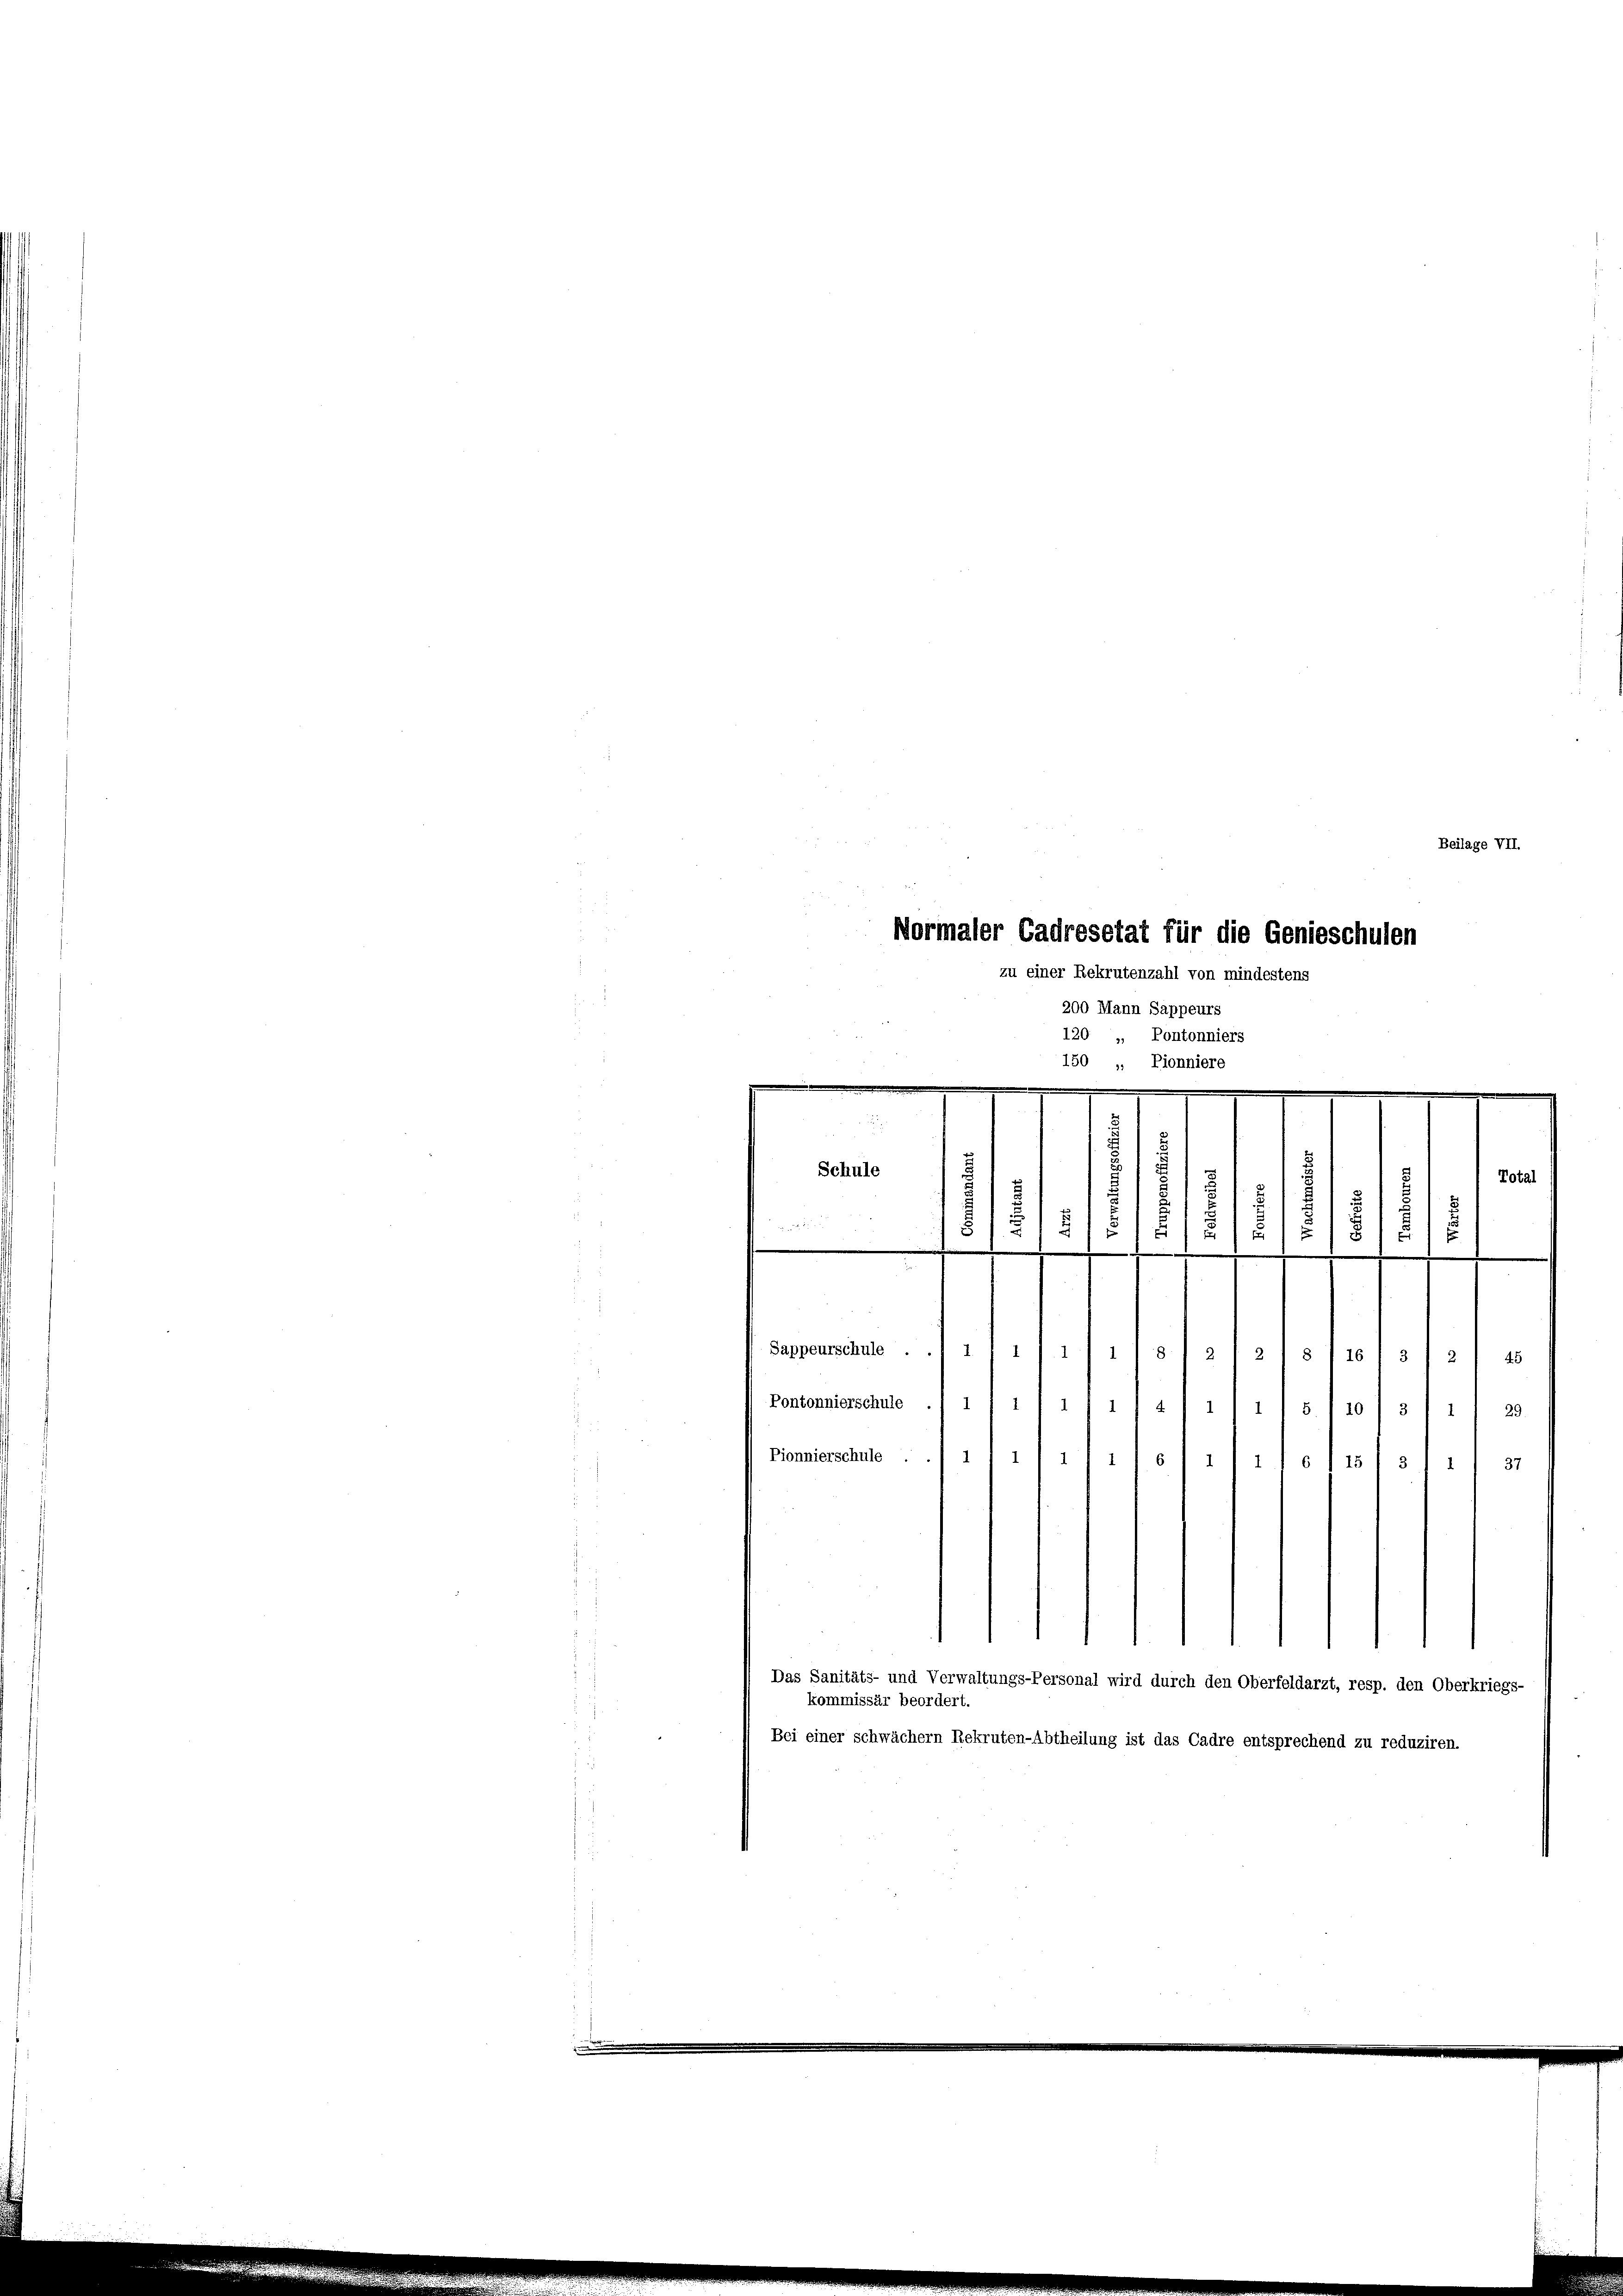
Beilage VII.
Normaler Cadresetat für die Genieschulen
zu einer Rekrutenzahl von mindestens
200 Mann Sappeurs
120 „ Pontonniers
150 „ Pionniere

e
Schule
1
 9 15
1
/5/5/5/5 2/
u
18181
.
1
2
d
.

f
2
Total

Sappeurschule ... 111 111 11 § 12 f 2/s / 16/ 3 / 2 / 45
Pontonnierschule ./ 1 f 1 / i / 1/4 / i / i I S. 710) 3
29.
1
Pionnierschule
.
/2120/22. No 115 f 21
37
Das Sanitäts- und Verwaltungs-Personal wird durch den Oberfeldarzt, resp. den Oberkriegs-
kommissär beordert.
Bei einer schwächern Rekruten-Abtheilung ist das Cadre entsprechend zu reduziren.